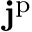
\mathbf { j } ^ { \mathrm { p } }